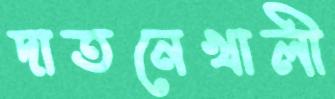
দাতনেখালী